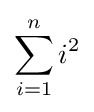
\sum _{i=1}^{n}i^{2}